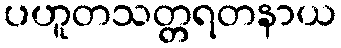
ပဟူတသတ္တရတနာယ